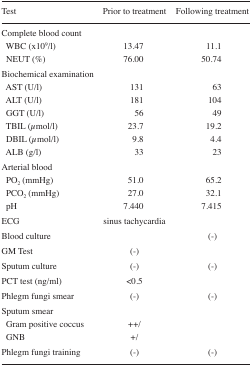
<table><thead><tr><td><b>Test</b></td><td><b>Prior to treatment</b></td><td><b>Following treatment</b></td></tr></thead><tbody><tr><td colspan="3">Complete blood count</td></tr><tr><td> WBC (x10<sup>9</sup>/l)</td><td>13.47</td><td>11.1</td></tr><tr><td> NEUT (%)</td><td>76.00</td><td>50.74</td></tr><tr><td colspan="3">Biochemical examination</td></tr><tr><td> AST (U/l)</td><td>131</td><td>63</td></tr><tr><td> ALT (U/l)</td><td>181</td><td>104</td></tr><tr><td> GGT (U/l)</td><td>56</td><td>49</td></tr><tr><td> TBIL (μmol/l)</td><td>23.7</td><td>19.2</td></tr><tr><td> DBIL (μmol/l)</td><td>9.8</td><td>4.4</td></tr><tr><td> ALB (g/l)</td><td>33</td><td>23</td></tr><tr><td colspan="3">Arterial blood</td></tr><tr><td> PO<sub>2</sub> (mmHg)</td><td>51.0</td><td>65.2</td></tr><tr><td> PCO<sub>2</sub> (mmHg)</td><td>27.0</td><td>32.1</td></tr><tr><td> pH</td><td>7.440</td><td>7.415</td></tr><tr><td>ECG</td><td>sinus tachycardia</td><td></td></tr><tr><td>Blood culture</td><td></td><td>(−)</td></tr><tr><td>GM Test</td><td>(−)</td><td></td></tr><tr><td>Sputum culture</td><td>(−)</td><td>(−)</td></tr><tr><td>PCT test (ng/ml)</td><td>&lt;0.5</td><td></td></tr><tr><td>Phlegm fungi smear</td><td>(−)</td><td>(−)</td></tr><tr><td colspan="3">Sputum smear</td></tr><tr><td> Gram positive coccus</td><td>++/</td><td></td></tr><tr><td> GNB</td><td>+/</td><td></td></tr><tr><td>Phlegm fungi training</td><td>(−)</td><td>(−)</td></tr></tbody></table>